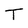
Character: T